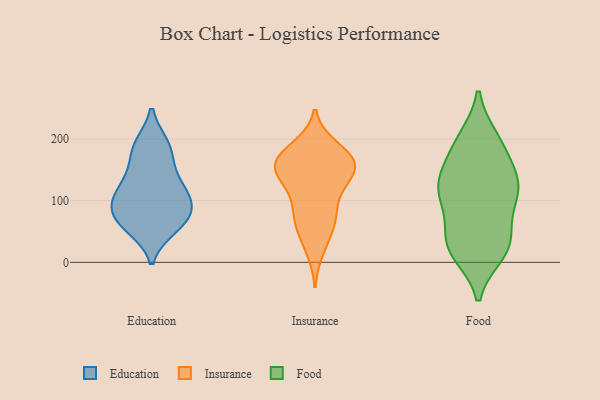
{"axis": {"x": "Bounce Rate (%)", "y": "Value"}, "legend": ["Education", "Food", "Insurance"], "data": [{"x": "", "y": 190, "type": "Education"}, {"x": "", "y": 141, "type": "Education"}, {"x": "", "y": 61, "type": "Education"}, {"x": "", "y": 107, "type": "Education"}, {"x": "", "y": 103, "type": "Education"}, {"x": "", "y": 177, "type": "Education"}, {"x": "", "y": 73, "type": "Education"}, {"x": "", "y": 56, "type": "Education"}, {"x": "", "y": 63, "type": "Education"}, {"x": "", "y": 190, "type": "Education"}, {"x": "", "y": 137, "type": "Education"}, {"x": "", "y": 84, "type": "Education"}, {"x": "", "y": 96, "type": "Education"}, {"x": "", "y": 111, "type": "Education"}, {"x": "", "y": 133, "type": "Insurance"}, {"x": "", "y": 144, "type": "Insurance"}, {"x": "", "y": 44, "type": "Insurance"}, {"x": "", "y": 155, "type": "Insurance"}, {"x": "", "y": 66, "type": "Insurance"}, {"x": "", "y": 169, "type": "Insurance"}, {"x": "", "y": 77, "type": "Insurance"}, {"x": "", "y": 95, "type": "Insurance"}, {"x": "", "y": 149, "type": "Insurance"}, {"x": "", "y": 21, "type": "Insurance"}, {"x": "", "y": 162, "type": "Insurance"}, {"x": "", "y": 130, "type": "Insurance"}, {"x": "", "y": 175, "type": "Insurance"}, {"x": "", "y": 176, "type": "Insurance"}, {"x": "", "y": 151, "type": "Insurance"}, {"x": "", "y": 78, "type": "Insurance"}, {"x": "", "y": 186, "type": "Insurance"}, {"x": "", "y": 104, "type": "Food"}, {"x": "", "y": 21, "type": "Food"}, {"x": "", "y": 193, "type": "Food"}, {"x": "", "y": 195, "type": "Food"}, {"x": "", "y": 127, "type": "Food"}, {"x": "", "y": 133, "type": "Food"}, {"x": "", "y": 25, "type": "Food"}, {"x": "", "y": 25, "type": "Food"}, {"x": "", "y": 110, "type": "Food"}, {"x": "", "y": 39, "type": "Food"}, {"x": "", "y": 200, "type": "Food"}, {"x": "", "y": 15, "type": "Food"}, {"x": "", "y": 53, "type": "Food"}, {"x": "", "y": 155, "type": "Food"}, {"x": "", "y": 112, "type": "Food"}, {"x": "", "y": 100, "type": "Food"}, {"x": "", "y": 144, "type": "Food"}]}